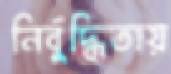
নির্বুদ্ধিতায়